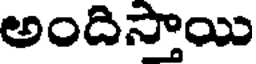
అందిస్తాయి